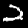
Digit: 2